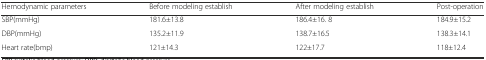
| Hemodynamic parameters | Before modeling establish | After modeling establish | Post-operation |
 | --- | --- | --- | --- |
 | SBP(mmHg) | 181.6±13.8 | 186.4±16. 8 | 184.9±15.2 |
 | DBP(mmHg) | 135.2±11.9 | 138.7±16.5 | 138.3±14.1 |
 | Heart rate(bmp) | 121±14.3 | 122±17.7 | 118±12.4 |